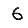
Digit: 6